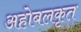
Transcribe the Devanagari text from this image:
अहोबलकृत